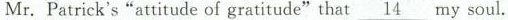
Mr.Patrick’s“attitude of gratitude”that \underline{14} mysoul.